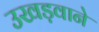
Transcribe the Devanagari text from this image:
उखड़वाने